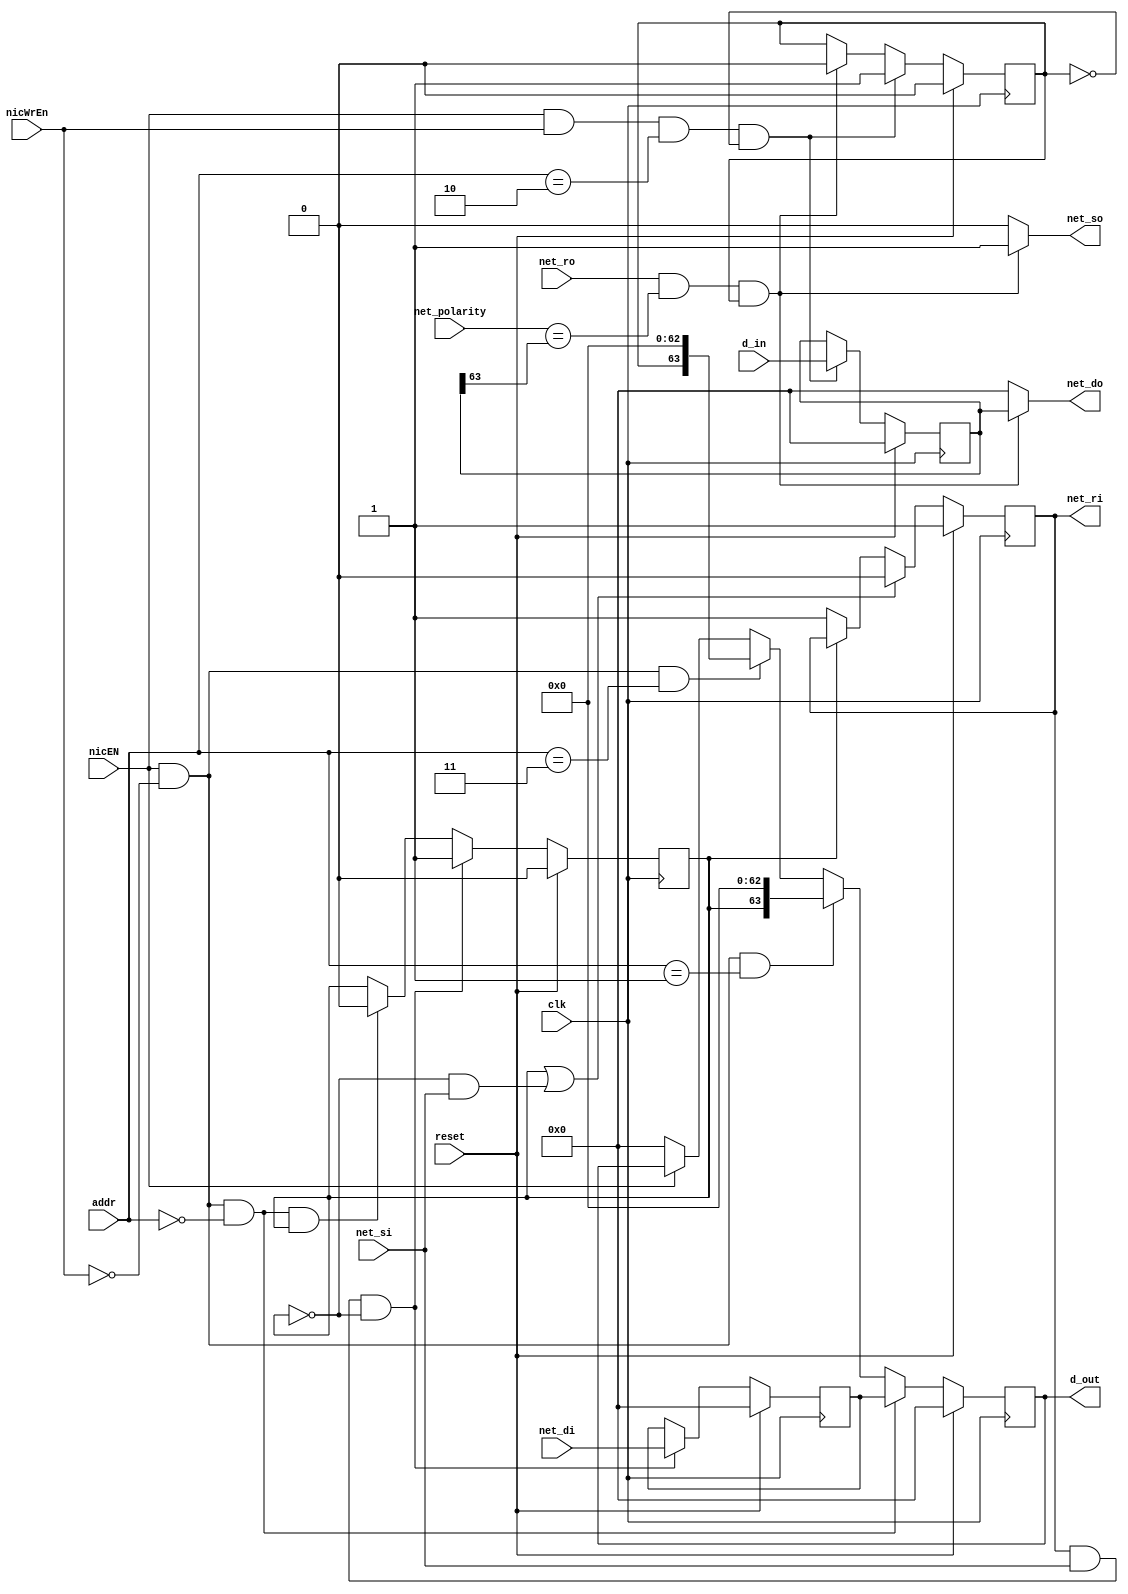
/*
addr NIC_internal regs
00      in ch buffer
01      in ch status reg
10      out ch buffer
11      out ch status reg
*/
module NIC(
    //interface to the processor
    input               clk,
    input               reset,
    input [1:0]         addr,
    input [63:0]        d_in,
    input               nicEN,
    input               nicWrEn,
    output reg [63:0]   d_out,
    //interface to the router
    output reg          net_so,
    input               net_ro,
    output reg[63:0]    net_do,
    input               net_polarity,
    input               net_si,
    output reg          net_ri,
    input  [63:0]       net_di);

   reg [63:0]  net_in_ch_buf;
   reg net_in_ch_status;
   reg [63:0]  net_out_ch_buf;
   reg net_out_ch_status;

   wire rst;
   assign rst = reset;
   /******************************** Interface with processor *******************/ 

   always@(posedge clk) begin
    if(rst) begin
        net_out_ch_buf <= 64'b0;
    end
    else if((nicEN == 1'b1) && (nicWrEn == 1'b1) &&(addr== 2'b10) && (net_out_ch_status == 1'b0)) begin
        net_out_ch_buf <= d_in;
    end
   end

   always@(posedge clk) begin
    if(rst) begin
        d_out <= 64'b0;
    end
    else if((nicEN == 1'b1) && (nicWrEn == 1'b0) &&(addr== 2'b00)) begin
        d_out <= net_in_ch_buf;
    end
    else if((nicEN == 1'b1) && (nicWrEn == 1'b0) &&(addr== 2'b01)) begin
        d_out <= {net_in_ch_status, 63'b0};
    end
    else if((nicEN == 1'b1) && (nicWrEn == 1'b0) &&(addr== 2'b11)) begin
        d_out <= {net_out_ch_status, 63'b0};
    end
    else if(nicEN == 1'b0)begin
        d_out <= 64'b0;
    end
   end

   always@(posedge clk) begin
    if(rst) begin
        net_out_ch_status <= 1'b0;
    end
    else if((nicEN == 1'b1) && (nicWrEn == 1'b1) && (addr== 2'b10) && (net_out_ch_status == 1'b0)) begin
        net_out_ch_status <= 1'b1;
    end
    else if((net_ro == 1'b1) && (net_polarity == net_out_ch_buf[63]) && (net_out_ch_status == 1'b1)) begin
        net_out_ch_status <= 1'b0;
    end
   end

   always@(*) begin
    
    net_so = 1'b0;
    net_do = 64'b0;
    if((net_ro == 1'b1) && (net_polarity == net_out_ch_buf[63]) && (net_out_ch_status == 1'b1)) begin
        net_so = 1'b1;
        net_do = net_out_ch_buf;
    end
    else begin
        net_so = 1'b0;
        net_do = 64'b0;
    end
   end

   /******************************** Interface with router *******************/ 

   always@(posedge clk) begin
    if(rst) begin
        net_ri <= 1'b1;
    end
    else if((net_in_ch_status == 1'b1) || ((net_in_ch_status == 1'b0) && (net_si == 1'b1))) begin
        net_ri <= 1'b0;
    end
    else if(net_in_ch_status == 1'b0) begin
        net_ri <= 1'b1;
    end
   end

   always@(posedge clk) begin
    if(rst) begin
        net_in_ch_status <= 1'b0;
    end
    else if((net_ri == 1'b1)&&(net_si == 1'b1) && (net_in_ch_status == 1'b0)) begin
        net_in_ch_status <= 1'b1;
    end
    else if((nicEN == 1'b1) && (nicWrEn == 1'b0) &&(addr== 2'b00) && (net_in_ch_status == 1'b1)) begin
        net_in_ch_status <= 1'b0;
    end
   end

   always@(posedge clk) begin
    if(rst) begin
        net_in_ch_buf <= 64'b0;
    end
    else if((net_ri == 1'b1)&&(net_si == 1'b1)&&(net_in_ch_status == 1'b0)) begin
        net_in_ch_buf <= net_di;
    end
   end


endmodule